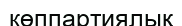
көппартиялық